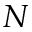
N